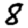
Digit: 8